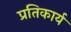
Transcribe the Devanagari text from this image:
प्रतिकार्य